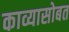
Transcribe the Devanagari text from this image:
काव्यासोबत